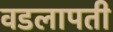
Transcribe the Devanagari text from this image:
वडलापती